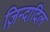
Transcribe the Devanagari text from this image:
ज़िन्दादिल